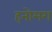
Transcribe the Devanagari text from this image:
हनोमग